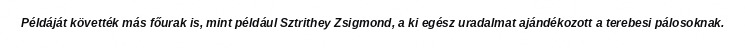
Példáját követték más főurak is, mint például Sztrithey Zsigmond, a ki egész uradalmat ajándékozott a terebesi pálosoknak.